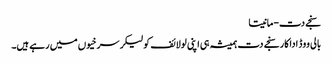
سنجے دت-مانیتا
بالی ووڈ اداکار سنجے دت ہمیشہ ہی اپنی لولائف کولیکر سرخیوں میں رہے ہیں۔